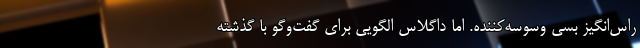
راس‌انگیز بسی وسوسه‌کننده. اما داگلاس الگویی برای گفت‌وگو با گذشته